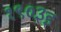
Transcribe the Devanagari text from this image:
१९०३इ